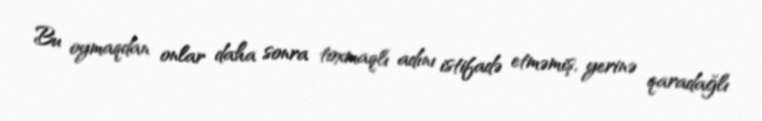
Bu oymaqdan onlar daha sonra toxmaqlı adını istifadə etməmiş, yerinə qaradağlı